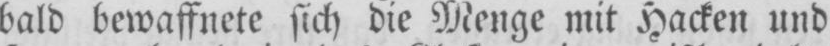
bald bewaffnete sich die Menge mit Hacken und